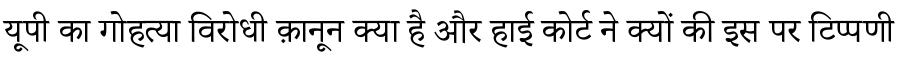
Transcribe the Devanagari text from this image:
यूपी का गोहत्या विरोधी क़ानून क्या है और हाई कोर्ट ने क्यों की इस पर टिप्पणी